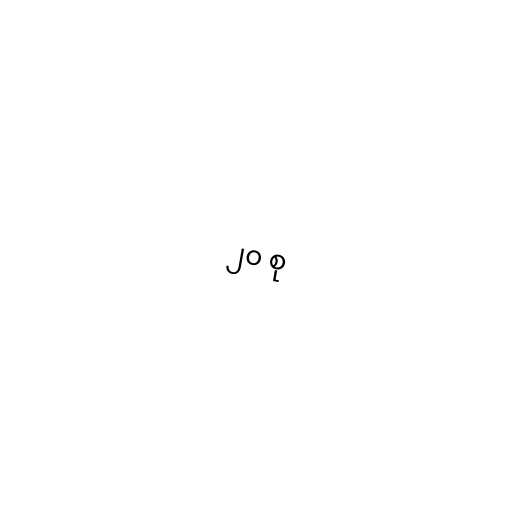
၂၀ စု